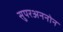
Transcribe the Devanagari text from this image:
सुपरअननोन